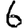
Digit: 6